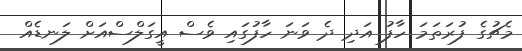
މެޗުގެ ފުރަތަމަ ހާފު އަދި ދެ ވަނަ ހާފުގައި ވެސް އީގަލްސްއަށް ލަނޑެއް